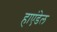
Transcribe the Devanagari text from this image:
हाएंडेल